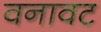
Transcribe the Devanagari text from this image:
वनावट